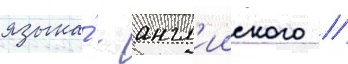
языка́ - англ'ииского //